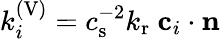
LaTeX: k_{i}^{(\mathrm{V})}=c_{\mathrm{s}}^{-2}k_{\mathrm{r}}\ \mathbf{c}_{i}\cdot\mathbf{n}